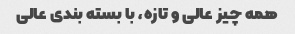
همه چیز عالی و تازه، با بسته بندی عالی